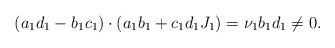
LaTeX: \begin{align*} (a_1 d_1 - b_1 c_1) \cdot (a_1 b_1 + c_1 d_1 J_1) = \nu_1 b_1 d_1 \ne 0.\end{align*}